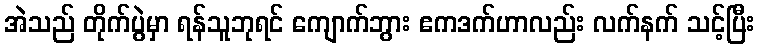
အဲသည် တိုက်ပွဲမှာ ရန်သူဘုရင် ကျောက်ဘွား ဧကဒက်ဟာလည်း လက်နက် သင့်ပြီး